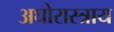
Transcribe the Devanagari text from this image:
अघोरास्त्राय